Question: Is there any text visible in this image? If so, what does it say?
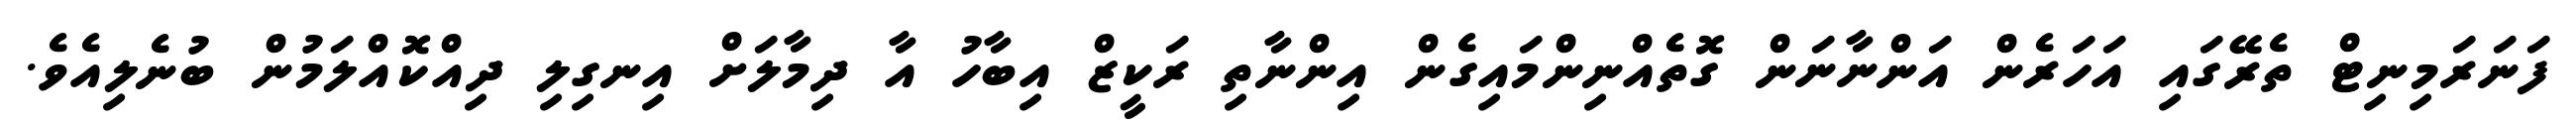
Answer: ފަނަރަމިނިޓް ތެރޭގައި އަހަރެން އަންނާނަން ގޮތެއްނިންމައިގެން އިންނާތި ރަކީޒް އިބާހު އާ ދިމާލަށް އިނގިލި ދިއްކޮއްލަމުން ބުނެލިއެވެ.